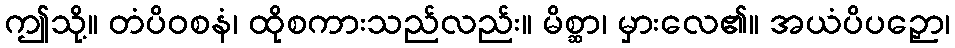
ဤသို့။ တံပိဝစနံ၊ ထိုစကားသည်လည်း။ မိစ္ဆာ၊ မှားလေ၏။ အယံပိပဉှော၊